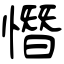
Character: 憯